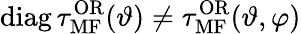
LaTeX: \mathrm{diag}\, \tau_{\mathrm{MF}}^{\mathrm{OR}}(\vartheta)\neq\tau_{\mathrm{MF}}^{\mathrm{OR}}(\vartheta,\varphi)